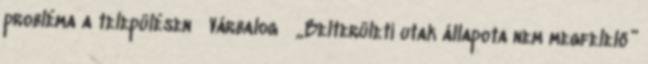
probléma a településen ▪Várbalog ▪„Belterületi utak állapota nem megfelelő”